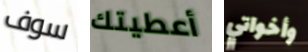
سوف أعطيتك وأخواتي